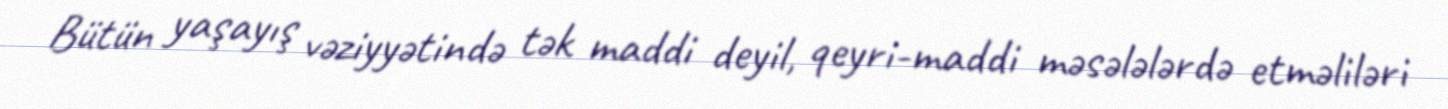
Bütün yaşayış vəziyyətində tək maddi deyil, qeyri-maddi məsələlərdə etməliləri